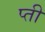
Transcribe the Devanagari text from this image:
प्ती